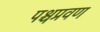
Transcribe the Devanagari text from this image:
पश्चप्रवण